Civil Veterinary Dept. North-West Frontier Province 1901-22 - 1901-1922
Year: 1901
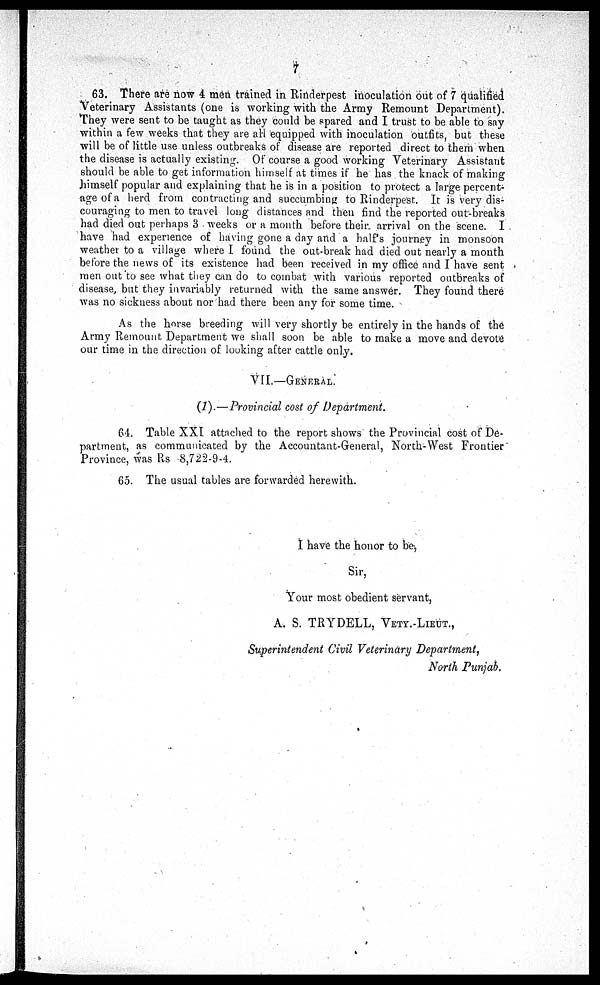
7
63. There are now 4 men trained in Rinderpest inoculation out of 7 qualified
Veterinary Assistants (one is working with the Army Remount Department).
They were sent to be taught as they could be spared and I trust to be able to say
within a few weeks that they are all equipped with inoculation outfits, but these
will be of little use unless outbreaks of disease are reported direct to them when
the disease is actually existing. Of course a good working Veterinary Assistant
should be able to get information himself at times if he has the knack of making
himself popular and explaining that he is in a position to protect a large percent-
age of a herd from contracting and succumbing to Rinderpest. It is very dis-
couraging to men to travel long distances and then find the reported out-breaks
had died out perhaps 3 weeks or a month before their arrival on the scene. I
have had experience of having gone a day and a half's journey in monsoon
weather to a village where I found the out-break had died out nearly a month
before the news of its existence had been received in my office and I have sent
men out to see what they can do to combat with various reported outbreaks of
disease, but they invariably returned with the same answer. They found there
was no sickness about nor had there been any for some time.
As the horse breeding will very shortly be entirely in the hands of the
Army Remount Department we shall soon be able to make a move and devote
our time in the direction of looking after cattle only.
VII.—GENERAL.
(1).—Provincial cost of Department.
64. Table XXI attached to the report shows the Provincial cost of De-
partment, as communicated by the Accountant-General, North-West Frontier
Province, was Rs 8,722-9-4.
65. The usual tables are forwarded herewith.
I have the honor to be,
Sir,
Your most obedient servant,
A. S. TRYDELL, VETY.-LIEUT.,
Superintendent Civil Veterinary Department,
North Punjab.